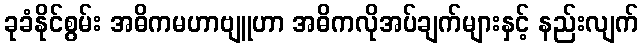
ခုခံနိုင်စွမ်း အဓိကမဟာဗျူဟာ အဓိကလိုအပ်ချက်များနှင့် နည်းလျက်